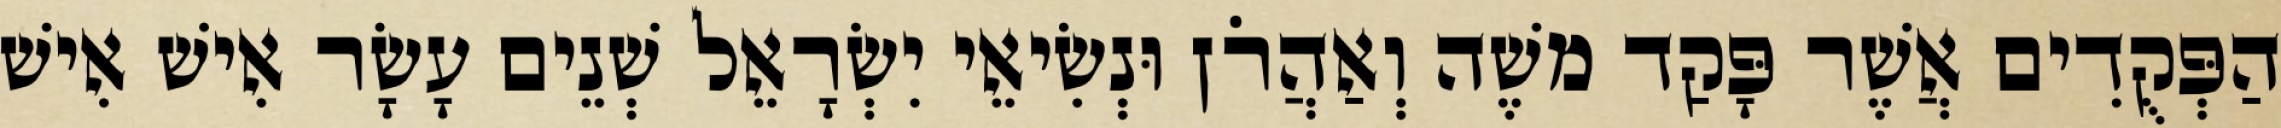
הַפְּקֻדִים אֲשֶׁר פָּקַד משֶׁה וְאַהֲרֹן וּנְשִׂיאֵי יִשְׂרָאֵל שְׁנֵים עָשָׂר אִישׁ אִישׁ